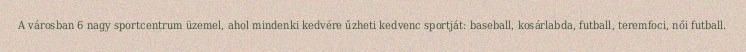
A városban 6 nagy sportcentrum üzemel, ahol mindenki kedvére űzheti kedvenc sportját: baseball, kosárlabda, futball, teremfoci, női futball.